Lunatic asylums Punjab 1895-1910 - 1895-1910
Year: 1895
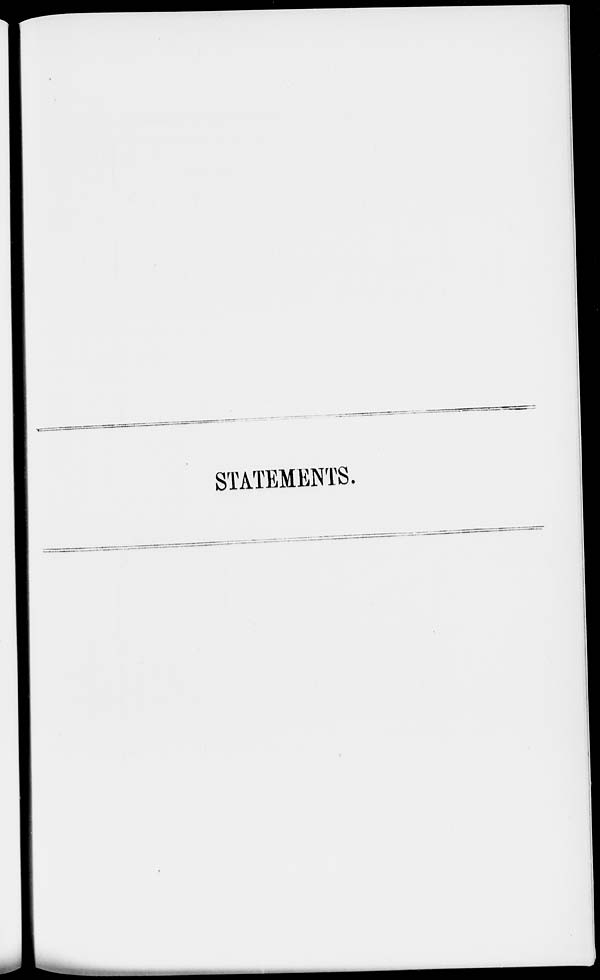
STATEMENTS.